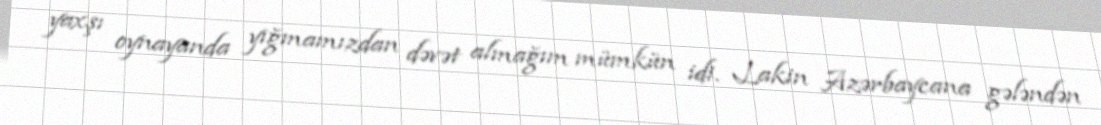
yaxşı oynayanda yığmamızdan dəvət almağım mümkün idi. Lakin Azərbaycana gələndən